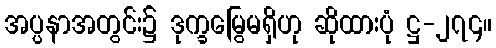
အပ္ပနာအတွင်း၌ ဒုက္ခမြွေမရှိဟု ဆိုထားပုံ ဋ္ဌ-၂၇၄။